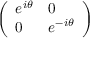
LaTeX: \left( \begin{array} { l l } { e ^ { i \theta } } & { 0 } \\ { 0 } & { e ^ { - i \theta } } \end{array} \right)